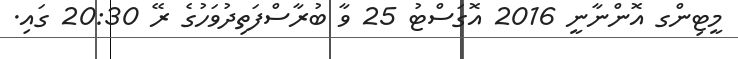
މީޓިންގ އޮންނާނީ 2016 އޮގަސްޓު 25 ވާ ބުރާސްފަތިދުވަހުގެ ރޭ 20:30 ގައި.